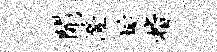
开澄埏楷